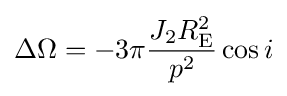
\Delta \Omega =-3\pi {\frac {J_{2}R_{\text{E}}^{2}}{p^{2}}}\cos i